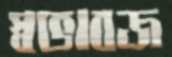
স্বভাবজ